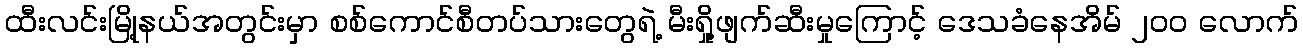
ထီးလင်းမြို့နယ်အတွင်းမှာ စစ်ကောင်စီတပ်သားတွေရဲ့ မီးရှို့ဖျက်ဆီးမှုကြောင့် ဒေသခံနေအိမ် ၂၀၀ လောက်